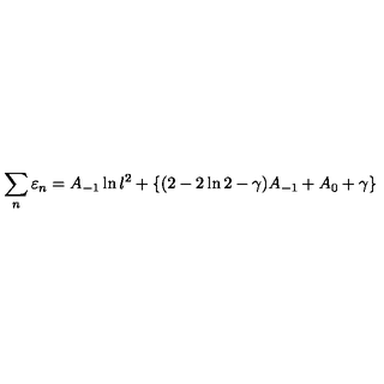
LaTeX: \sum _ { n } \varepsilon _ { n } = A _ { - 1 } \ln l ^ { 2 } + \{ ( 2 - 2 \ln 2 - \gamma ) A _ { - 1 } + A _ { 0 } + \gamma \}